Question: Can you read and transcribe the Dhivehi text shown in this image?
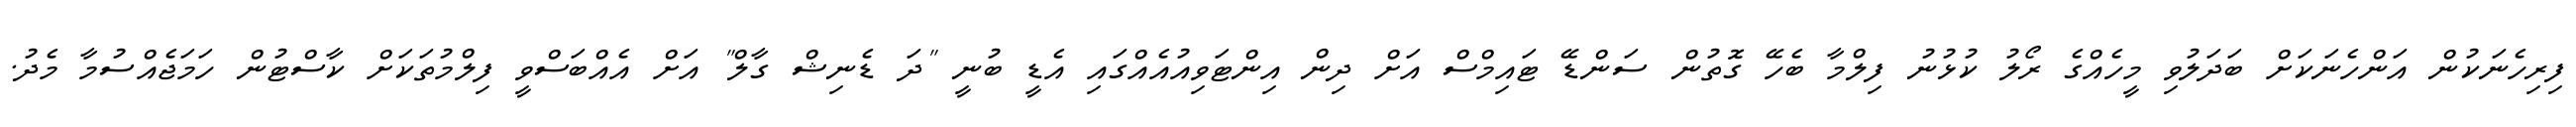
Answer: ފިރިހެނަކުން އަންހެނަކަށް ބަދަލުވި މީހެއްގެ ރޯލު ކުޅުނު ފިލްމާ ބެހޭ ގޮތުން ސަންޑޭ ޓައިމްސް އަށް ދިން އިންޓަވިއުއެއްގައި އެޑީ ބުނީ "ދަ ޑެނިޝް ގާލް" އަށް އެއްބަސްވީ ފިލްމުތަކަށް ކާސްޓުން ހަމަޖެއްސުމާ މެދު.